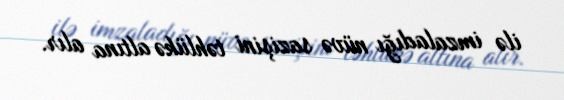
ilə imzaladığı nüvə sazişini təhlükə altına alır.